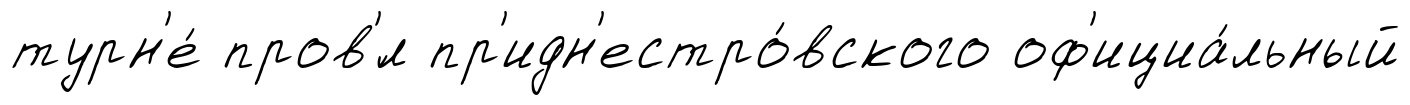
турн'е́ пров'́л пр'идн'естро́вского оф'ициа́льный